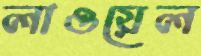
লাওয়েল